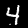
Label: 4